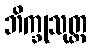
ဘိက္ခုသုတ္တ